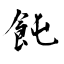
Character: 飩